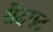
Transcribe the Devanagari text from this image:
सैदपट